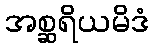
အစ္ဆရိယမိဒံ